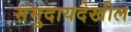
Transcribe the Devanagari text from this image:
समुदायदेखील